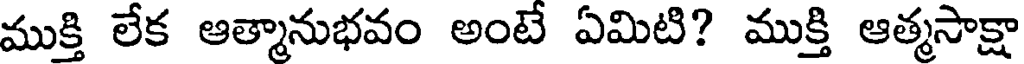
ముక్తి లేక ఆత్మానుభవం అంటే ఏమిటి? ముక్తి ఆత్మసాక్షా